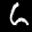
Label: 6